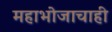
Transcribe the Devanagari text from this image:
महाभोजाचाही